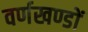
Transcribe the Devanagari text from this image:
वर्णखण्डों